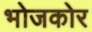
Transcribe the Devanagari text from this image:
भोजकोर